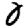
Digit: 0